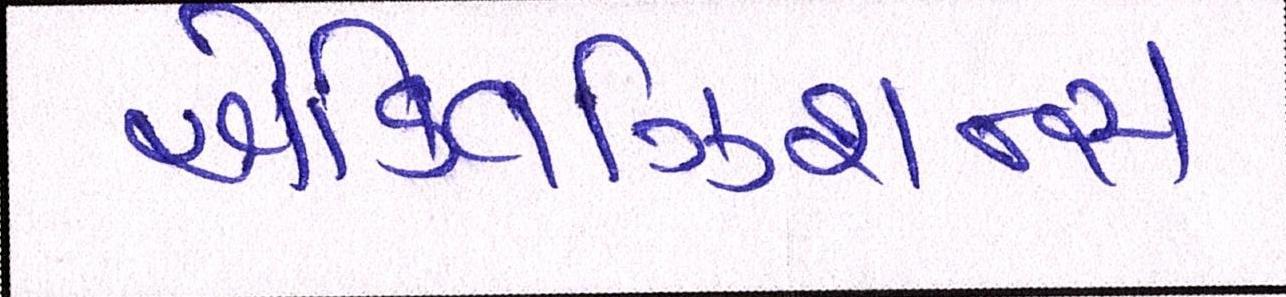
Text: એક્વિઝિશન્સ